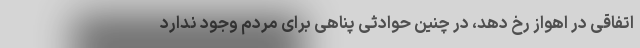
اتفاقی در اهواز رخ دهد، در چنین حوادثی پناهی برای مردم وجود ندارد